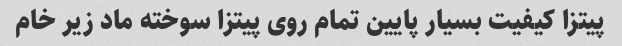
پیتزا کیفیت بسیار پایین تمام روی پیتزا سوخته ماد زیر خام